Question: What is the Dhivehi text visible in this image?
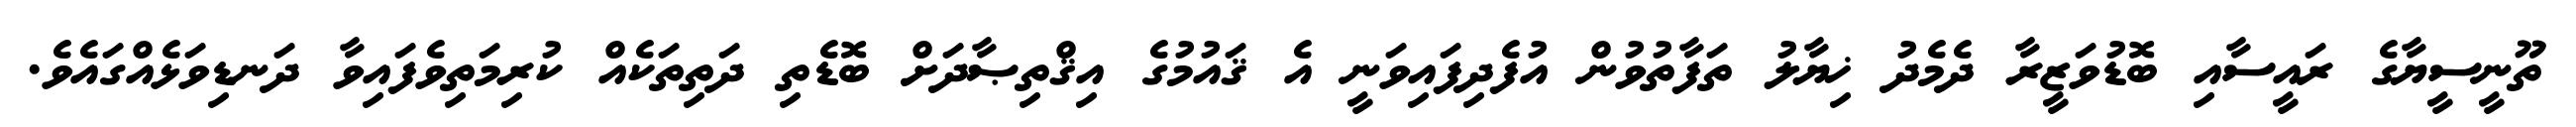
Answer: ތޫނީސީޔާގެ ރައީސާއި ބޮޑުވަޒީރާ ދެމެދު ޚިޔާލު ތަފާތުވުން އުފެދިފައިވަނީ އެ ޤައުމުގެ އިޤްތިޞާދަށް ބޮޑެތި ދަތިތަކެއް ކުރިމަތިވެފައިވާ ދަނޑިވަޅެއްގައެވެ.